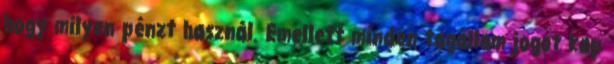
hogy milyen pénzt használ. Emellett minden tagállam jogot kap